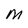
Character: M